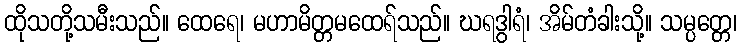
ထိုသတို့သမီးသည်။ ထေရေ၊ မဟာမိတ္တမထေရ်သည်။ ဃရဒွါရံ၊ အိမ်တံခါးသို့။ သမ္ပတ္တေ၊